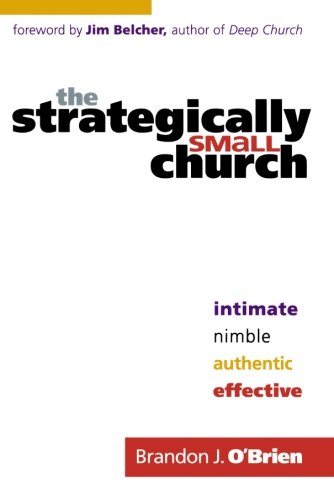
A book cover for The Strategically Small Church: Intimate, Nimble, Authentic, and Effective; Brandon J. O'Brien; Christian Books & Bibles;